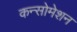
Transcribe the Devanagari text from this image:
कन्सोमेशन